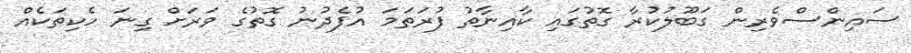
ސައިންސްވެރިން ގަބޫލުކުރާ ގޮތުގައި ކާއިނާތު ފުރަތަމަ އުފެދުނު ގޮތުގެ ވަރަށް ގިނަ ހެކިތަކެއް